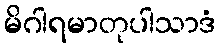
မိဂါရမာတုပါသာဒံ